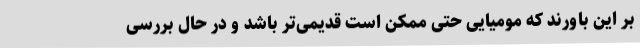
بر این باورند که مومیایی حتی ممکن است قدیمی‌تر باشد و در حال بررسی